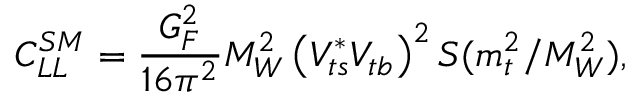
C _ { L L } ^ { S M } = \frac { G _ { F } ^ { 2 } } { 1 6 \pi ^ { 2 } } M _ { W } ^ { 2 } \left( V _ { t s } ^ { * } V _ { t b } \right) ^ { 2 } S ( m _ { t } ^ { 2 } / M _ { W } ^ { 2 } ) ,